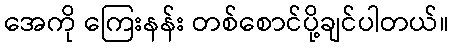
အေကို ကြေးနန်း တစ်စောင်ပို့ချင်ပါတယ်။